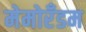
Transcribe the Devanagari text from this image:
मेमोरँडम